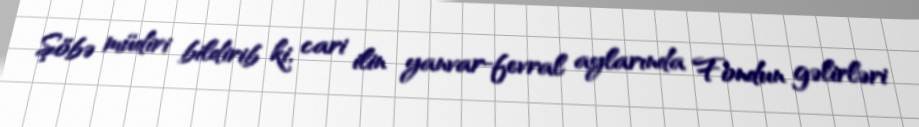
Şöbə müdiri bildirib ki, cari ilin yanvar-fevral aylarında Fondun gəlirləri